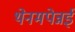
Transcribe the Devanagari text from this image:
थेनमपेन्नई